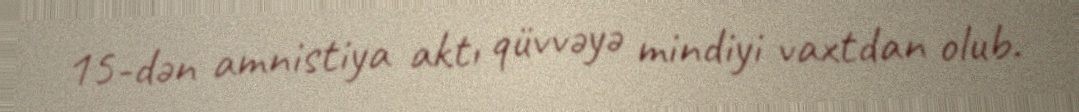
15-dən amnistiya aktı qüvvəyə mindiyi vaxtdan olub.